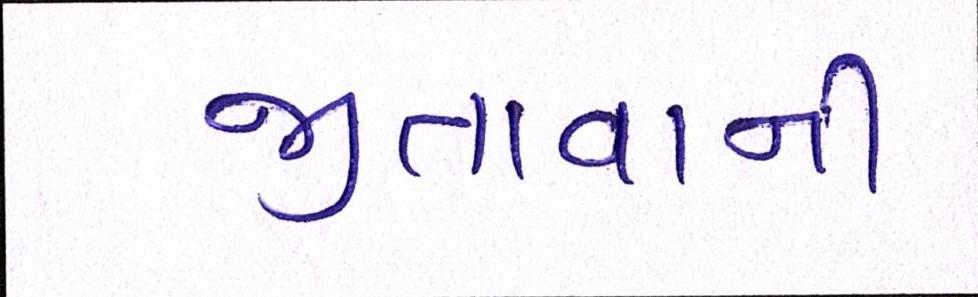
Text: જીતવાની